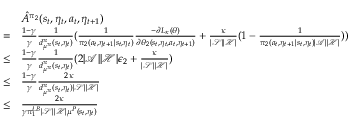
\begin{array} { r l } & { \hat { A } ^ { \pi _ { 2 } } ( s _ { t } , \eta _ { t } , a _ { t } , \eta _ { t + 1 } ) } \\ { = } & { \frac { 1 - \gamma } { \gamma } \frac { 1 } { d _ { \mu ^ { \pi } } ^ { \pi } ( s _ { t } , \eta _ { t } ) } ( \frac { 1 } { \pi _ { 2 } ( a _ { t } , \eta _ { t + 1 } | s _ { t } , \eta _ { t } ) } \frac { - \partial L _ { \kappa } ( \theta ) } { \partial \theta _ { 2 } ( s _ { t } , \eta _ { t } , a _ { t } , \eta _ { t + 1 } ) } + \frac { \kappa } { | \mathcal { S } | | \mathcal { H } | } ( 1 - \frac { 1 } { \pi _ { 2 } ( a _ { t } , \eta _ { t + 1 } | s _ { t } , \eta _ { t } ) | \mathcal { A } | | \mathcal { H } | } ) ) } \\ { \le } & { \frac { 1 - \gamma } { \gamma } \frac { 1 } { d _ { \mu ^ { \pi } } ^ { \pi } ( s _ { t } , \eta _ { t } ) } ( 2 | \mathcal { A } | | \mathcal { H } | \epsilon _ { 2 } + \frac { \kappa } { | \mathcal { S } | | \mathcal { H } | } ) } \\ { \le } & { \frac { 1 - \gamma } { \gamma } \frac { 2 \kappa } { d _ { \mu ^ { \pi } } ^ { \pi } ( s _ { t } , \eta _ { t } ) | \mathcal { S } | | \mathcal { H } | } } \\ { \le } & { \frac { 2 \kappa } { \gamma \pi _ { 1 } ^ { L B } | \mathcal { S } | | \mathcal { H } | \mu ^ { P } ( s _ { t } , \eta _ { t } ) } } \end{array}